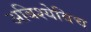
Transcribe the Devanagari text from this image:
अबिश्येविच